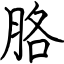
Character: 胳